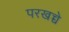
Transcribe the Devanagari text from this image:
परखच्चे